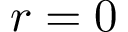
r = 0